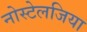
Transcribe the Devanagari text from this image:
नोस्‍टेलजिया